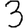
Digit: 3